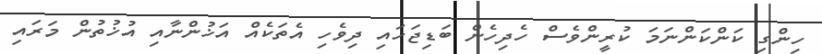
ހިންގި ކަންކަންނަމަ ކުރީންވެސް ހެދިހެން ބަޑިޖަހައި ދިވެހި އެތަކެއް އަޚުންނާއި އުޚުތުން މަރައި